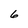
Character: 6